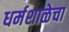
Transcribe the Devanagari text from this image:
धर्मशाळेचा